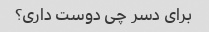
برای دسر چی دوست داری؟